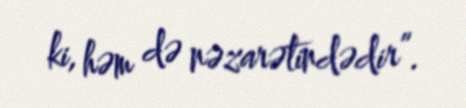
ki, həm də nəzarətindədir”.